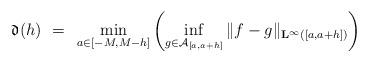
LaTeX: \begin{align*}\mathfrak d(h)~=~\min_{a\in [-M,M-h]}\left(\inf_{g\in\mathcal{A}_{[a,a+h]}}\|f-g\|_{{\bf L}^{\infty}([a,a+h])}\right)\end{align*}